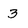
Character: 3